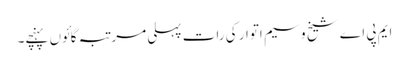
ایم پی اے شیخ وسیم اتوار کی رات پہلی مرتبہ گائوں پہنچے۔